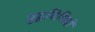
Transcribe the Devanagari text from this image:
युद्धविधियों